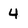
Character: 4